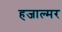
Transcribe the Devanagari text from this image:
हजाल्मर